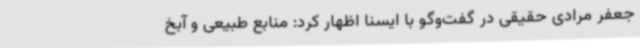
جعفر مرادی حقیقی در گفت‌وگو با ایسنا اظهار کرد: منابع طبیعی و آبخ